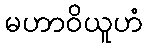
မဟာဝိယူဟံ